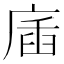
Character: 㢎